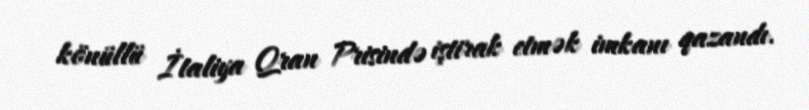
könüllü İtaliya Qran Prisində iştirak etmək imkanı qazandı.